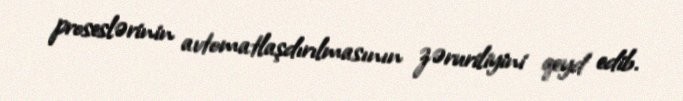
proseslərinin avtomatlaşdırılmasının zəruriliyini qeyd edib.